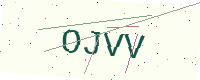
Text: OJVV